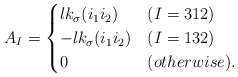
\begin{align*}A_{I} = \begin{cases} lk_\sigma(i_1i_2) & (I=312) \\ -lk_\sigma(i_1i_2) & (I=132) \\ 0 & (otherwise). \end{cases} \end{align*}